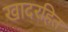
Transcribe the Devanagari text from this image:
खादरहित